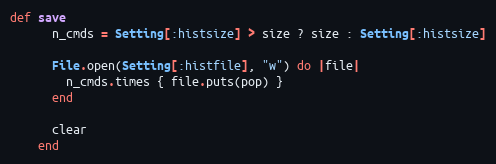
Language: Ruby
def save
      n_cmds = Setting[:histsize] > size ? size : Setting[:histsize]

      File.open(Setting[:histfile], "w") do |file|
        n_cmds.times { file.puts(pop) }
      end

      clear
    end